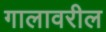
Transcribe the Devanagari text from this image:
गालावरील